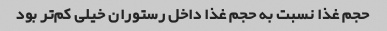
حجم غذا نسبت به حجم غذا داخل رستوران خیلی کم‌تر بود